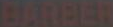
BARBER